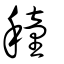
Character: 穜